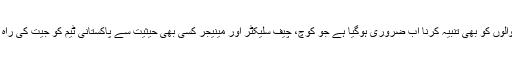
کپتان کو خراب فارم پر باہر بٹھانے والوں کو بھی تنبیہ کرنا اب ضروری ہوگیا ہے جو کوچ، چیف سلیکٹر اور مینیجر کسی بھی حیثیت سے پاکستانی ٹیم کو جیت کی راہ پر گامزن کرنے میں ناکام رہے ہیں۔